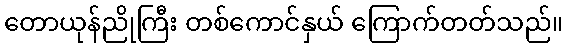
တောယုန်ညိုကြီး တစ်ကောင်နှယ် ကြောက်တတ်သည်။